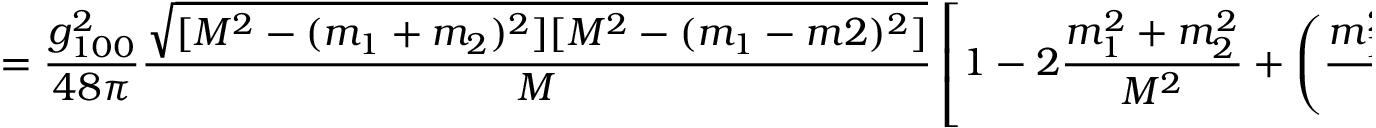
= \frac { g _ { 1 0 0 } ^ { 2 } } { 4 8 \pi } \frac { \sqrt { [ M ^ { 2 } - ( m _ { 1 } + m _ { 2 } ) ^ { 2 } ] [ M ^ { 2 } - ( m _ { 1 } - m 2 ) ^ { 2 } ] } } { M } \left[ 1 - 2 \frac { m _ { 1 } ^ { 2 } + m _ { 2 } ^ { 2 } } { M ^ { 2 } } + \left( \frac { m _ { 1 } ^ { 2 } - m _ { 2 } ^ { 2 } } { M ^ { 2 } } \right) ^ { 2 } \right]